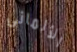
الألمانى